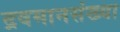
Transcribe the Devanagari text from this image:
द्रवमानसंख्या